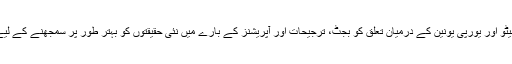
لہٰذا سوال یہ ہے کہ ہم نیٹو اور یورپی یونین کے درمیان تعلق کو بجٹ، ترجیحات اور آپریشنز کے بارے میں نئی حقیقتوں کو بہتر طور پر سمجھنے کے لیے کیسے استعمال کریں۔